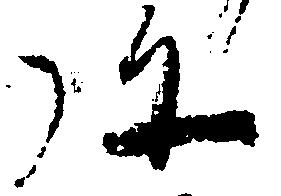
弥